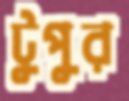
টুপুর